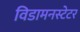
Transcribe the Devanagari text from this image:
विडामनस्टेटर